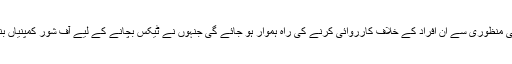
'یہ تو ہونا ہی تھانوید قمر کا کہنا تھا کہ اس بل کی منظوری سے ان افراد کے خلاف کارروائی کرنے کی راہ ہموار ہو جائے گی جنہوں نے ٹیکس بچانے کے لیے آف شور کمپنیاں بنائی ہیں اور جن کے نام پاناما لیکس میں آئے ہیں۔